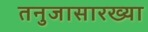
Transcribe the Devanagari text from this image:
तनुजासारख्या